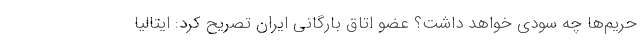
حریم‌ها چه سودی خواهد داشت؟ عضو اتاق بارگانی ایران تصریح کرد: ایتالیا